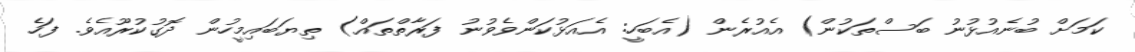
ކަމަށް ބުނެއުޅުނު ބަސްތަކުން) އެއުރެން (އެބަހީ: އެއަޅުކަންވެވުނު ފަރާތްތައް) ތިޔަބައިމީހުން ދޮގުކުރޫއެވެ. ފަހެ